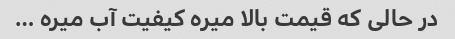
در حالی که قیمت بالا میره کیفیت آب میره …